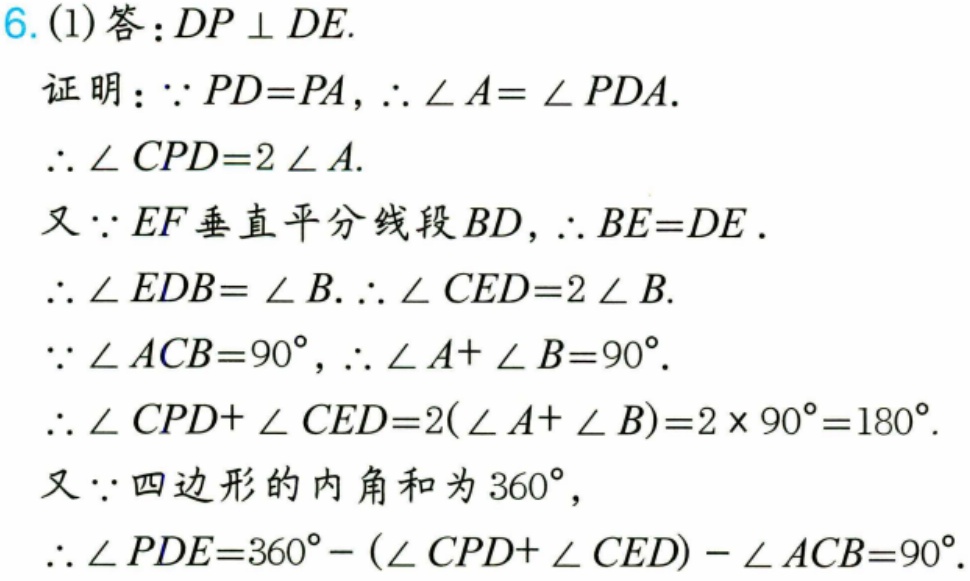
6. (1)答：\(DP\perp DE\).
证明：\(\because PD = PA\)，\(\therefore \angle A=\angle PDA\).
\(\therefore \angle CPD = 2\angle A\).
又\(\because EF\)垂直平分线段\(BD\)，\(\therefore BE = DE\).
\(\therefore \angle EDB=\angle B\). \(\therefore \angle CED = 2\angle B\).
\(\because \angle ACB = 90^{\circ}\)，\(\therefore \angle A+\angle B = 90^{\circ}\).
\(\therefore \angle CPD+\angle CED = 2(\angle A+\angle B)=2\times90^{\circ}=180^{\circ}\).
又\(\because\)四边形的内角和为\(360^{\circ}\)，
\(\therefore \angle PDE = 360^{\circ}-(\angle CPD+\angle CED)-\angle ACB = 90^{\circ}\).